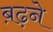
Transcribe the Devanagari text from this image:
ब़ढ़ने